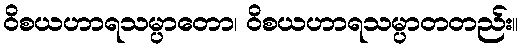
ဝိစယဟာရသမ္ပာတော၊ ဝိစယဟာရသမ္ပာတတည်း။